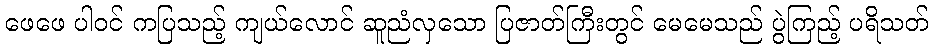
ဖေဖေ ပါဝင် ကပြသည့် ကျယ်လောင် ဆူညံလှသော ပြဇာတ်ကြီးတွင် မေမေသည် ပွဲကြည့် ပရိသတ်